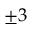
\pm 3